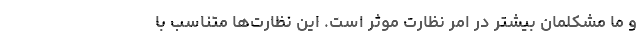
و ما مشکلمان بیشتر در امر نظارتِ موثر است. این نظارت‌ها متناسب با